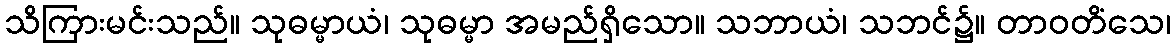
သိကြားမင်းသည်။ သုဓမ္မာယံ၊ သုဓမ္မာ အမည်ရှိသော။ သဘာယံ၊ သဘင်၌။ တာဝတိံသေ၊